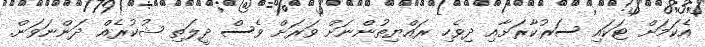
އެކަމަށް ޓަކައި ސަރުކާރަށާއި ދިވެހި ރައްޔިތުންނަށް ވަރަށް ވެސް ދީލަތި ޝުކުރެއް ދަންނަވަން.